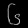
Digit: ၆